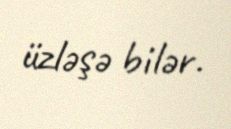
üzləşə bilər.